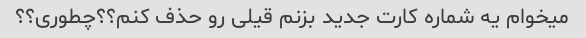
میخوام یه شماره کارت جدید بزنم قیلی رو حذف کنم؟؟چطوری؟؟